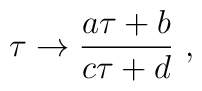
\tau \rightarrow {a\tau + b\over c\tau + d}\ ,